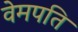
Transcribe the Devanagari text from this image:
वेमपति